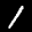
Label: 1